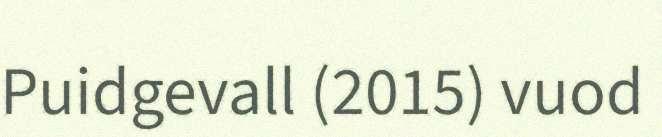
Puidgevall (2015) vuod